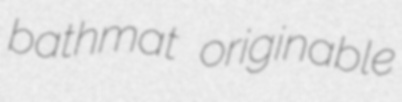
bathmat originable